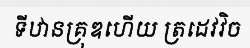
ទីឋានគ្រុឌហើយ ត្រដេវវិច